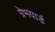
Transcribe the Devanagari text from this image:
ग्रेभयार्ड